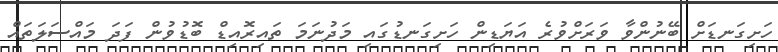
ހަށިގަނޑަށް ބޭނުންވާ ވަރަށްވުރެ އަޔަޑިން ހަށިގަނޑުގައި މަދުނަމަ ތައިރޮއިޑް ބޮޑުވުން ފަދަ މައްސަލަތައް